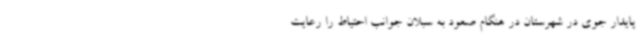
پایدار جوی در شهرستان در هنگام صعود به سبلان جوانب احتیاط را رعایت